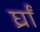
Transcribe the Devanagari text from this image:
र्घ्रां